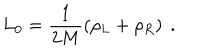
L _ { 0 } = \frac { 1 } { 2 M } \left( \rho _ { L } + \rho _ { R } \right) \ .